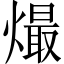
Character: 熶